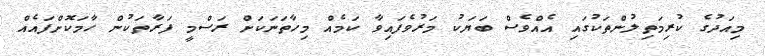
މިއަދުގެ ކުރިމަތިލުންތަކުގައި އެއްވެސް ބަޔަކު މަރުވެފައިވާ ކަމެއް މިހާތަނަކަށް ރަސްމީ ފަރާތަކުން ހާމަކޮށްފައެއް